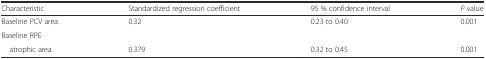
| Characteristic | Standardized regression coefficient | 95 % confidence interval | P value |
 | --- | --- | --- | --- |
 | Baseline PCV area | 0.32 | 0.23 to 0.40 | 0.001 |
 | Baseline RPE |  |  |  |
 | atrophic area | 0.379 | 0.32 to 0.45 | 0.001 |